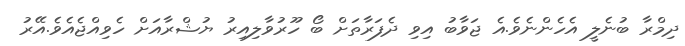
ދިމްރާ ބުނެލީ އެހެންނެވެ.އެ ޖަވާބު އިވި ދެފަރާތަށް ބޯ ހޫރުވާލިއިރު ޔުޝްރާއަށް ހެވިއްޖެއެވެ.އޭރު